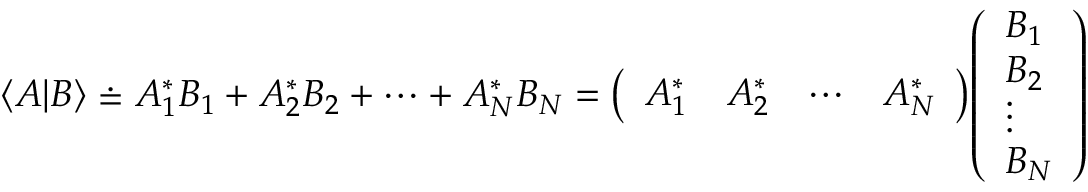
\langle A | B \rangle \doteq A _ { 1 } ^ { * } B _ { 1 } + A _ { 2 } ^ { * } B _ { 2 } + \cdots + A _ { N } ^ { * } B _ { N } = { \left( \begin{array} { l l l l } { A _ { 1 } ^ { * } } & { A _ { 2 } ^ { * } } & { \cdots } & { A _ { N } ^ { * } } \end{array} \right) } { \left( \begin{array} { l } { B _ { 1 } } \\ { B _ { 2 } } \\ { \vdots } \\ { B _ { N } } \end{array} \right) }